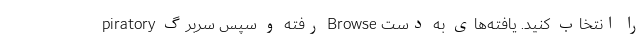
piratory رفته و سپس سربرگ Browse را انتخاب کنید. یافته‌های به دست